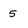
Character: 5